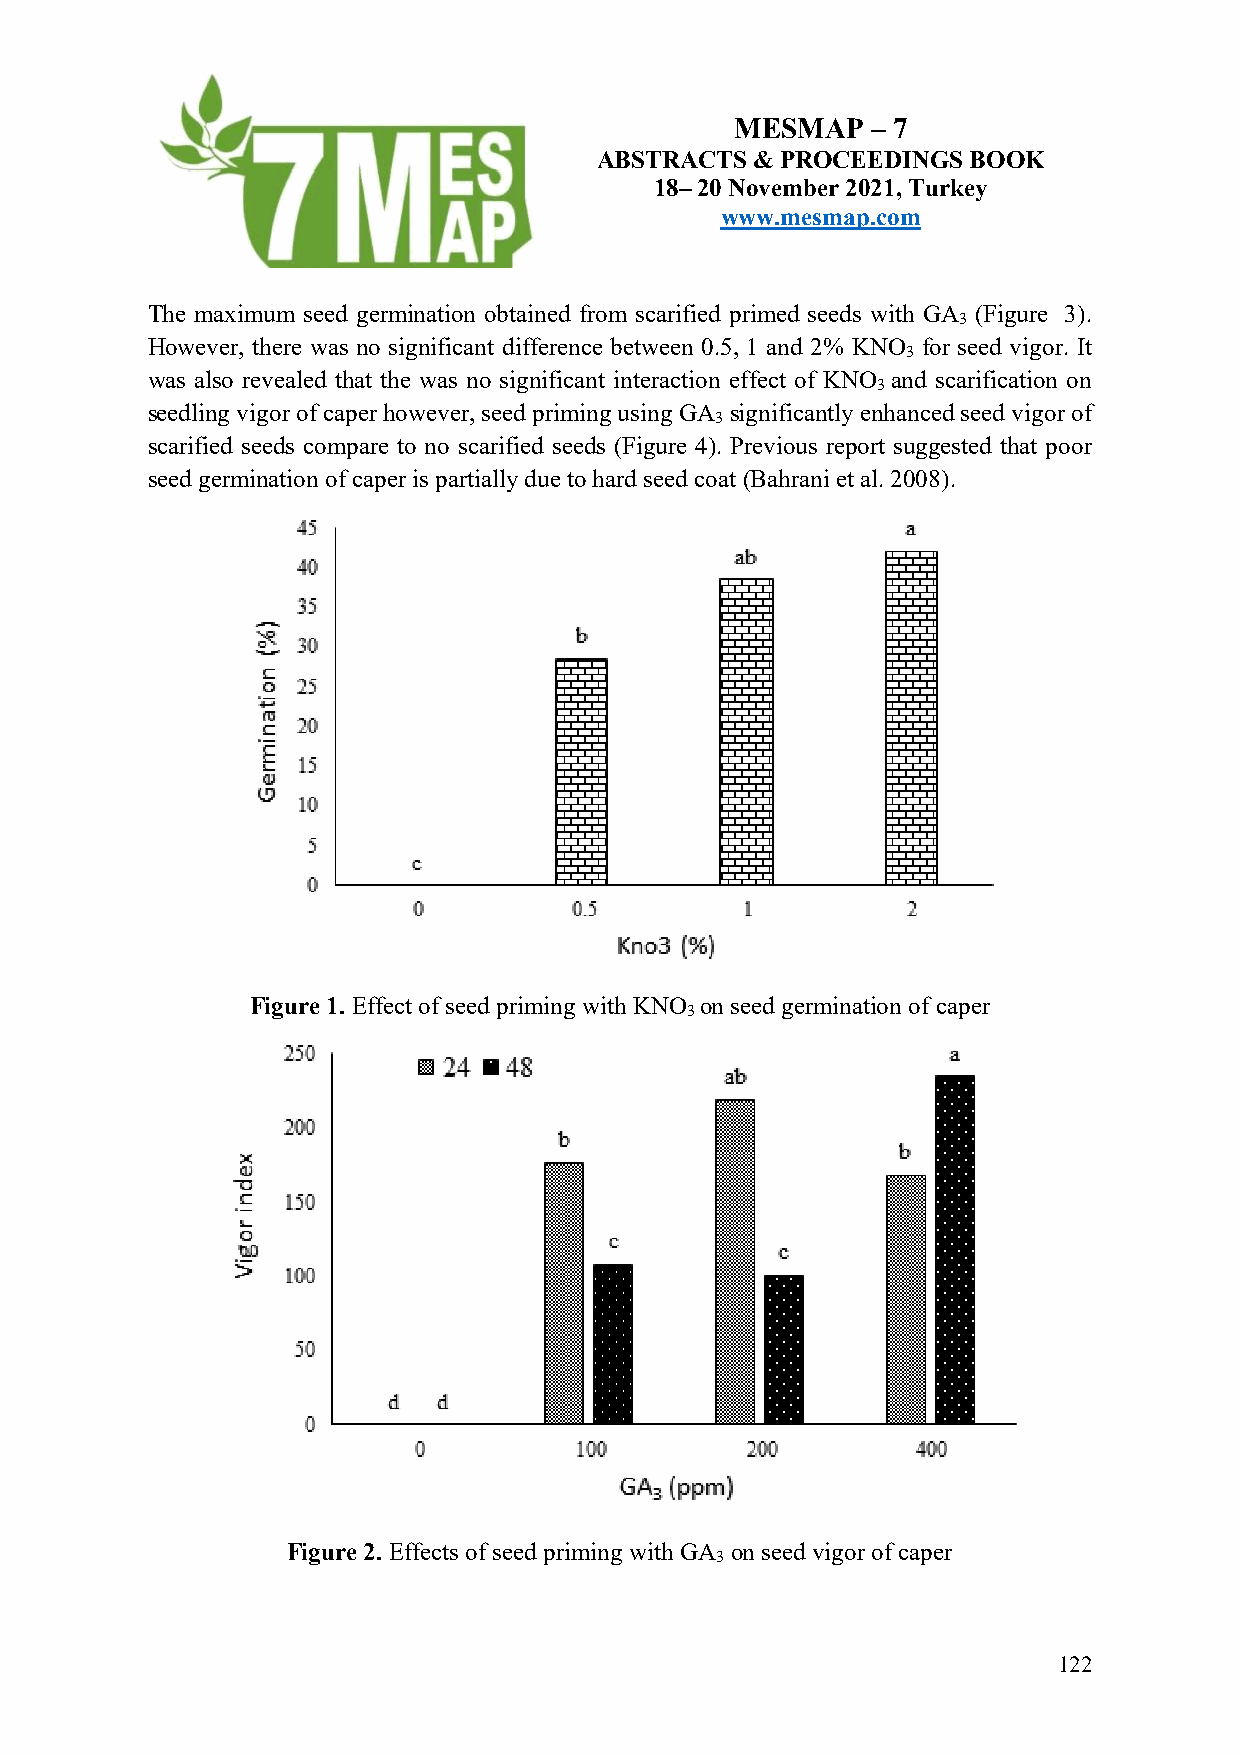
MESMAP   – 7
 ABSTRACTS  & PROCEEDINGS BOOK
 18– 20 November 2021, Turkey
 www.mesmap.com
 The maximum seed germination obtained from scarified primed seeds with GA (Figure 3).
 3
 However, there was no significant difference between 0.5, 1 and 2% KNO for seed vigor. It
 3
 was also revealed that the was no significant interaction effect of KNO and scarification on
 3
 seedling vigor of caper however, seed priming using GA significantly enhanced seed vigor of
 3
 scarified seeds compare to no scarified seeds (Figure 4). Previous report suggested that poor
 seed germination of caper is partially due to hard seed coat (Bahrani et al. 2008).
 Figure 1. Effect of seed priming with KNO on seed germination of caper
 3
 Figure 2. Effects of seed priming with GA on seed vigor of caper
 3
 122